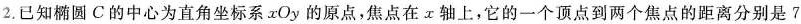
2.已知椭圆C的中心为直角坐标系xOy的原点，焦点在α轴上，它的一个顶点到两个焦点的距离分别是7